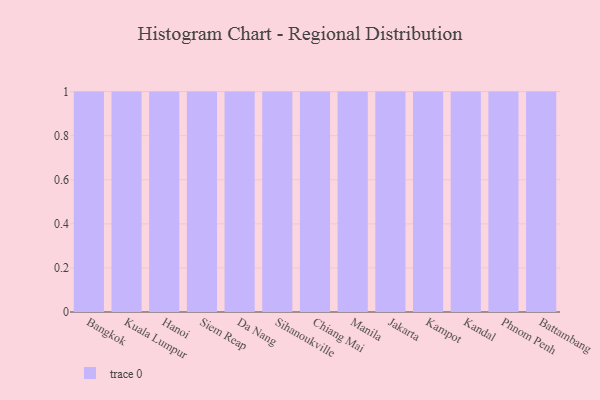
{"axis": {"x": "City", "y": "Budget (USD K)"}, "legend": [""], "data": [{"x": "Bangkok", "y": 8, "type": ""}, {"x": "Kuala Lumpur", "y": 82, "type": ""}, {"x": "Hanoi", "y": 58, "type": ""}, {"x": "Siem Reap", "y": 21, "type": ""}, {"x": "Da Nang", "y": 89, "type": ""}, {"x": "Sihanoukville", "y": 79, "type": ""}, {"x": "Chiang Mai", "y": 33, "type": ""}, {"x": "Manila", "y": 100, "type": ""}, {"x": "Jakarta", "y": 17, "type": ""}, {"x": "Kampot", "y": 3, "type": ""}, {"x": "Kandal", "y": 84, "type": ""}, {"x": "Phnom Penh", "y": 33, "type": ""}, {"x": "Battambang", "y": 5, "type": ""}]}